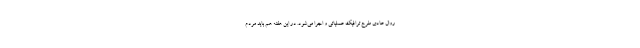
روال عادی طرح ترافیک عملیاتی و اجرا می‌شود. در این هفته هم باید مردم